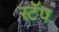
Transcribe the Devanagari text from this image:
स्टॅप